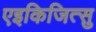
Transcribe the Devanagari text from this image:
एइकिजित्सु